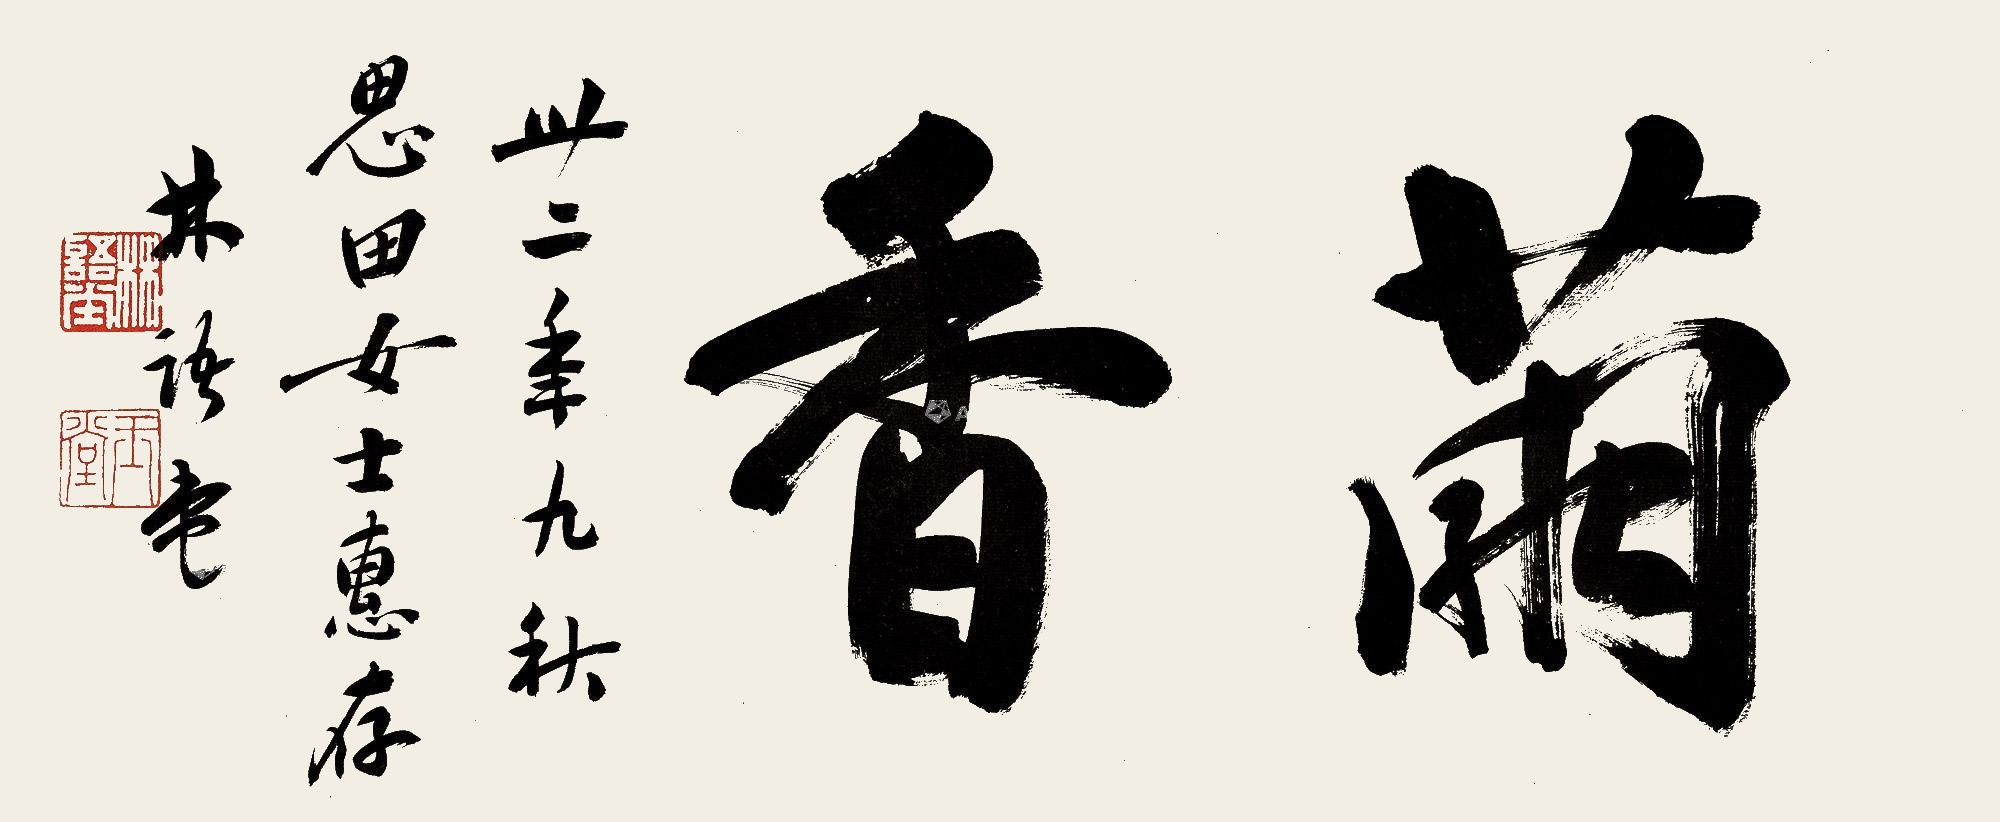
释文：茧香。卅二年九秋，思田女士惠存，林语堂。